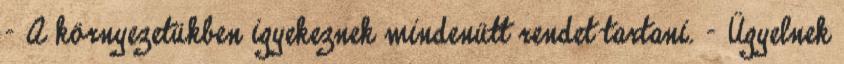
- A környezetükben igyekeznek mindenütt rendet tartani. - Ügyelnek